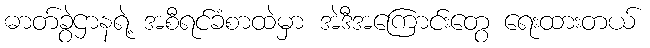
ဓာတ်ခွဲဌာနရဲ့ အစီရင်ခံစာထဲမှာ အဲဒီအကြောင်းတွေ ရေးထားတယ်